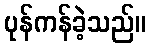
ပုန်ကန်ခဲ့သည်။